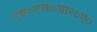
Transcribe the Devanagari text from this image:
एच०एस०आर०ए०